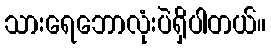
သားရေဘောလုံးပဲရှိပါတယ်။